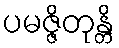
ပမဇ္ဇိတုန္တိ